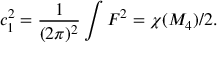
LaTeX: c _ { 1 } ^ { 2 } = { \frac { 1 } { ( 2 \pi ) ^ { 2 } } } \int F ^ { 2 } = \chi ( { \cal M } _ { 4 } ) / 2 .